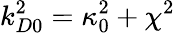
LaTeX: {k_{D0}^{2}=\kappa_{0}^{2}+\chi^{2}}